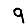
Digit: 9